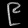
Digit: ၉